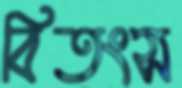
বিতংস